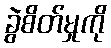
ခွဲစိတ်မှုကို